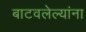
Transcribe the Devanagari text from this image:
बाटवलेल्यांना